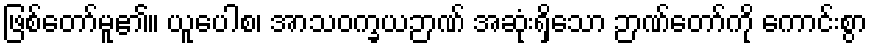
ဖြစ်တော်မူ၏။ ယူပေါစ၊ အာသဝက္ခယဉာဏ် အဆုံးရှိသော ဉာဏ်တော်ကို ကောင်းစွာ